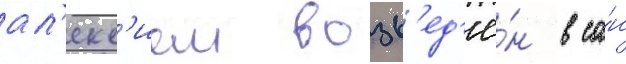
ал'екс'ием возв'ед'ё́н в са́н